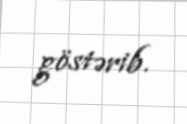
göstərib.